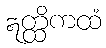
ဣတ္ထိကထံ